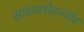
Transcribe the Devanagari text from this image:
साइक्लोइन्वर्टर